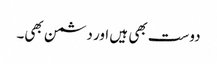
دوست بھی ہیں اور دشمن بھی۔